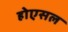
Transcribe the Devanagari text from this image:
होएसल